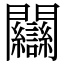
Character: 𨷻